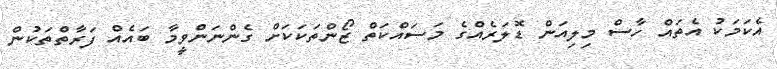
އެކަމަކު އެތައް ހާސް މިލިއަން ޑޮލަރެއްގެ މަސައްކަތް ޒޯންތަކަކަށް ގެންނަންވީމާ ބައެއް ފަރާތްތަކުން